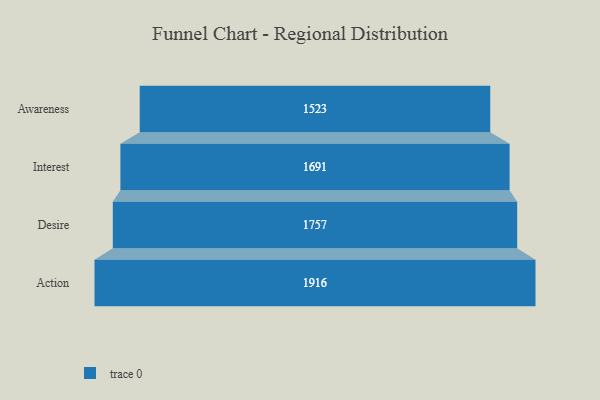
{"axis": {"x": "Stage", "y": "Value"}, "legend": [""], "data": [{"x": "Awareness", "y": 1523.0, "type": ""}, {"x": "Interest", "y": 1691.0, "type": ""}, {"x": "Desire", "y": 1757.0, "type": ""}, {"x": "Action", "y": 1916.0, "type": ""}]}